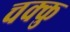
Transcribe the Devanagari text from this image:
चक्कु